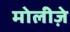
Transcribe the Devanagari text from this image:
मोलीज़े